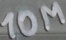
Text: 10M